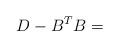
LaTeX: \begin{align*}D-B^T B=\end{align*}